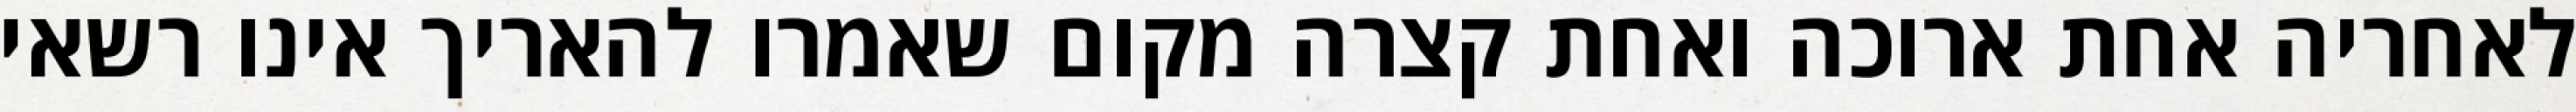
לאחריה אחת ארוכה ואחת קצרה מקום שאמרו להאריך אינו רשאי